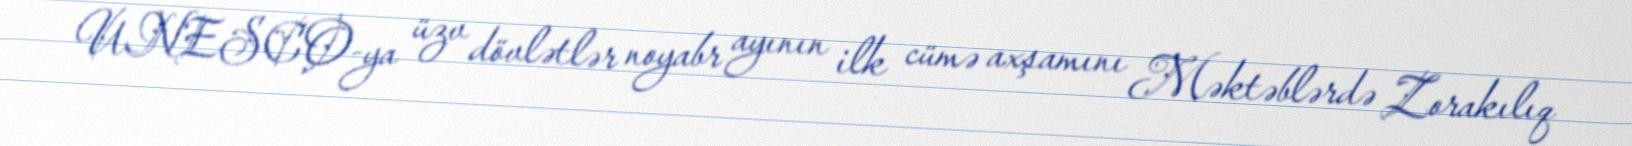
UNESCO-ya üzv dövlətlər noyabr ayının ilk cümə axşamını Məktəblərdə Zorakılıq